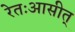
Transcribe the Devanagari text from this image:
रेतःआसीत्